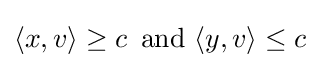
\langle x,v\rangle \geq c\,{\text{ and }}\langle y,v\rangle \leq c